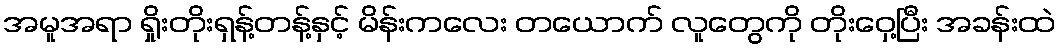
အမူအရာ ရှိုးတိုးရှန့်တန့်နှင့် မိန်းကလေး တယောက် လူတွေကို တိုးဝှေ့ပြီး အခန်းထဲ